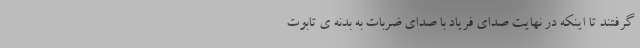
گرفتند تا اینکه در نهایت صدای فریاد با صدای ضربات به بدنه ی تابوت